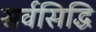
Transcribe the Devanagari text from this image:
सर्वसिद्धि